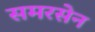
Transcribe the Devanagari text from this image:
समरसेन